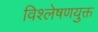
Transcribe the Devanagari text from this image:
विश्लेषणयुक्त